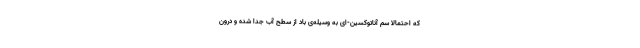
که احتمالا سم آناتوکسین-‌ای به وسیله‌ی باد از سطح آب جدا شده و درون